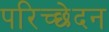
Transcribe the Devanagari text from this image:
परिच्छेदन